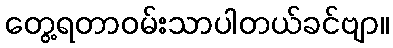
တွေ့ရတာဝမ်းသာပါတယ်ခင်ဗျာ။